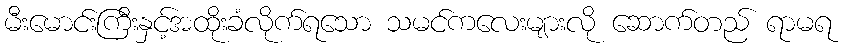
မီးမောင်းကြီးနှင့်အထိုးခံလိုက်ရသော သမင်ကလေးများလို ဆောက်တည် ရာမရ